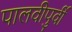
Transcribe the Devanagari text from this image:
पालवीपुर्वी